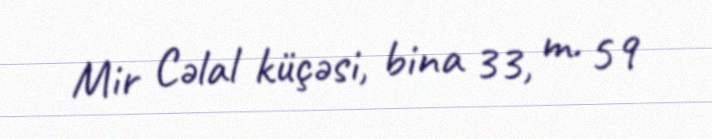
Mir Cəlal küçəsi, bina 33, m. 59